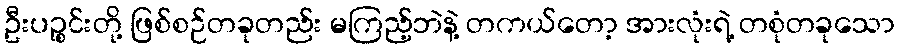
ဦးပဉ္စင်းတို့ ဖြစ်စဉ်တခုတည်း မကြည့်ဘဲနဲ့ တကယ်တော့ အားလုံးရဲ့ တစုံတခုသော